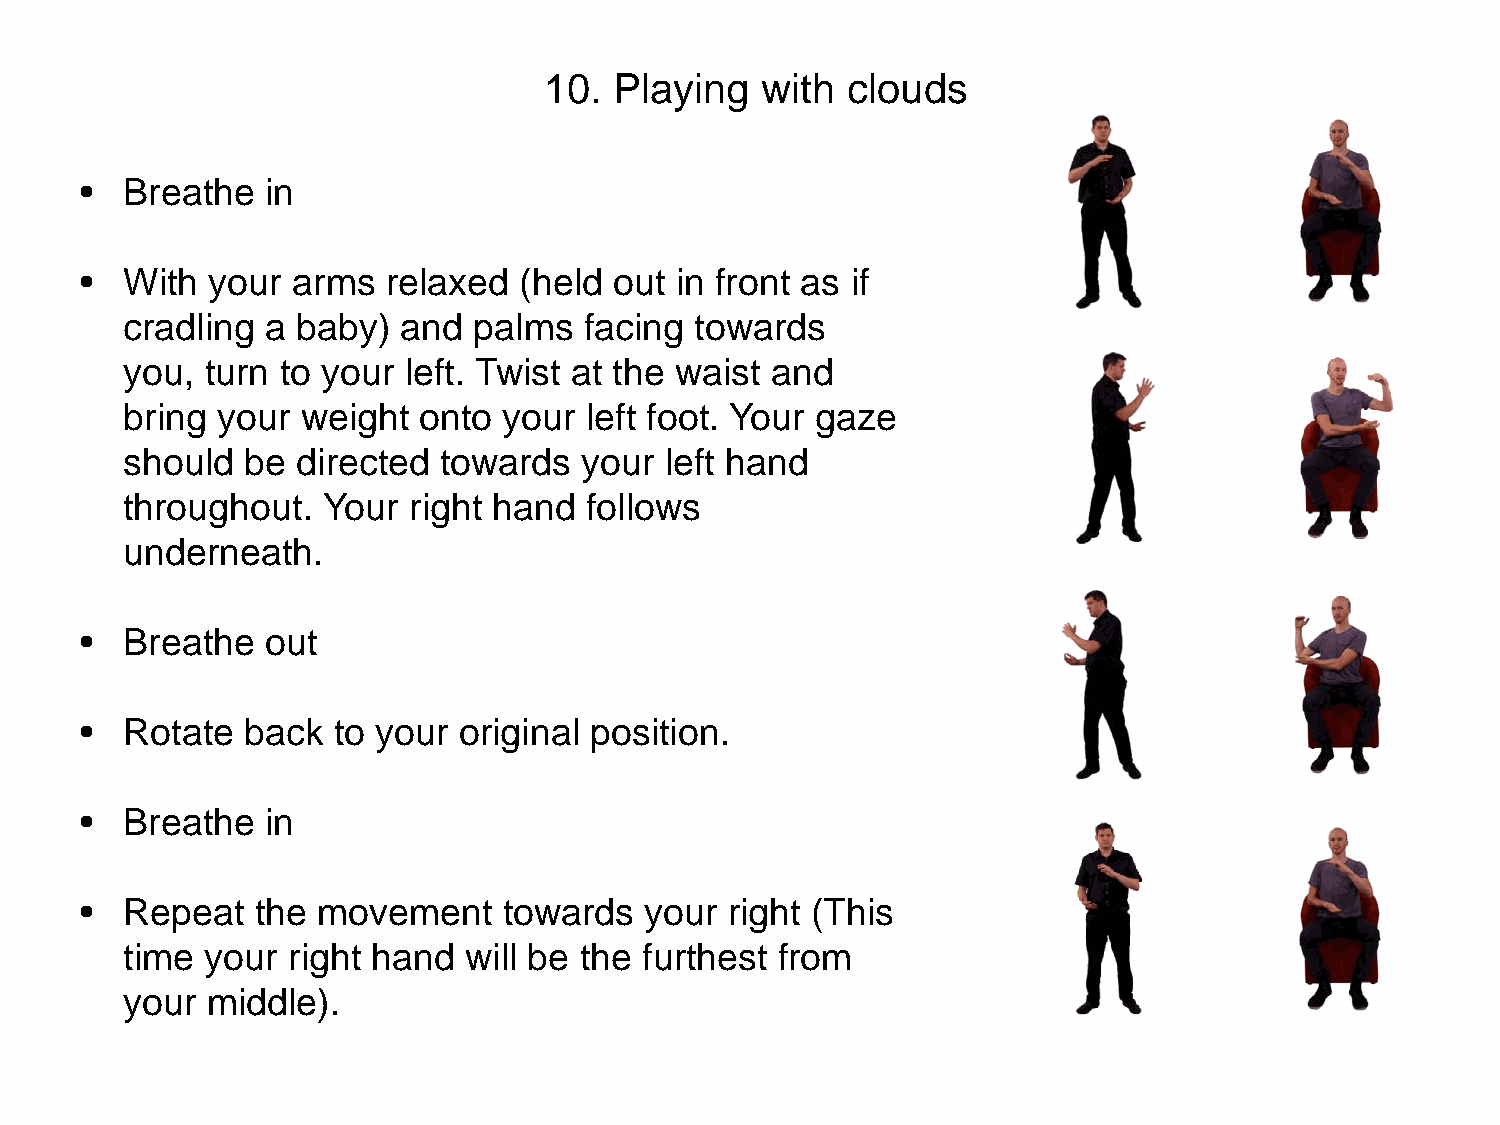
10.  Playing  with  clouds
 •  Breathe   in
 •  With  your arms   relaxed (held  out in front as if
 cradling  a baby)  and palms   facing towards
 you,  turn to your left. Twist at the waist and
 bring your  weight  onto your  left foot. Your gaze
 should  be  directed towards   your left hand
 throughout.  Your  right hand  follows
 underneath.
 •  Breathe   out
 •  Rotate  back  to your original position.
 •  Breathe   in
 •  Repeat   the movement    towards   your right (This
 time  your right hand  will be the furthest from
 your  middle).